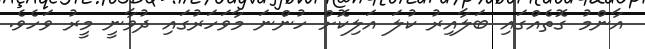
އާންމު ގޮތެއްގައި ބަލާއިރު ކުލަ އަލިކޮށް ހުންނަ މާވަހަރުގައި ދުވާނީ މީރު ވަހެވެ.